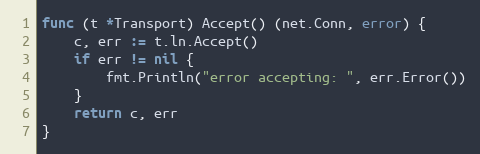
Language: Go
func (t *Transport) Accept() (net.Conn, error) {
	c, err := t.ln.Accept()
	if err != nil {
		fmt.Println("error accepting: ", err.Error())
	}
	return c, err
}